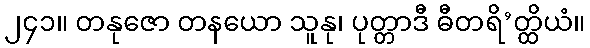
၂၄၁။ တနုဇော တနယော သူနု၊ ပုတ္တာဒီ ဓီတရိ’တ္ထိယံ။